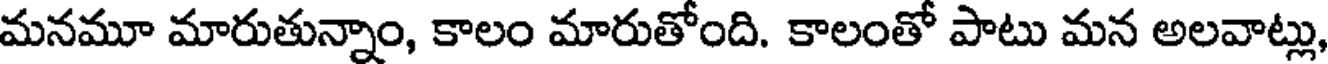
మనమూ మారుతున్నాం, కాలం మారుతోంది. కాలంతో పాటు మన అలవాట్లు,